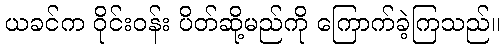
ယခင်က ဝိုင်းဝန်း ပိတ်ဆို့မည်ကို ကြောက်ခဲ့ကြသည်။